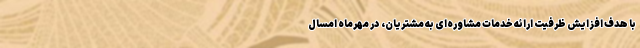
با هدف افزایش ظرفیت ارائه خدمات مشاوره‌ای به مشتریان، در مهرماه امسال